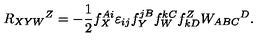
R _ { X Y W } { } ^ { Z } = - \frac 1 2 f _ { X } ^ { A i } \varepsilon _ { i j } f _ { Y } ^ { j B } f _ { W } ^ { k C } f _ { k D } ^ { Z } W _ { A B C } { } ^ { D } .